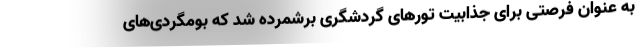
به عنوان فرصتی برای جذابیت تورهای گردشگری برشمرده شد که بومگردی‌های